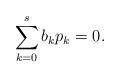
LaTeX: \begin{align*}\sum_{k=0}^s b_k p_k = 0.\end{align*}